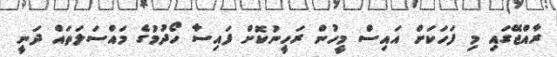
ރާއްޖޭގައި މި ފަހަކަށް އައިސް މީހުން ރަހީނުކޮށް ފައިސާ ހޯދުމުގެ މައްސަލަތައް ދަނީ